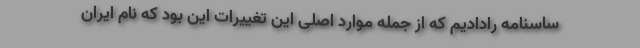
ساسنامه رادادیم که از جمله موارد اصلی این تغییرات این بود که نام ایران